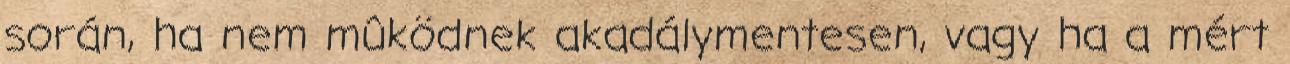
során, ha nem mûködnek akadálymentesen, vagy ha a mért